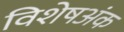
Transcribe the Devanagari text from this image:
विशेषअंक